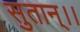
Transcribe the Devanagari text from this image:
सुतान्।।